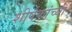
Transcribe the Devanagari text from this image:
शीर्षकांच्या